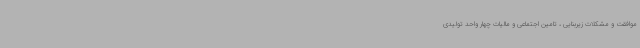
موافقت و مشکلات زیربنایی ، تامین اجتماعی و مالیات چهار واحد تولیدی